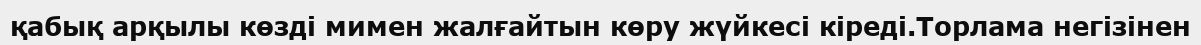
қабық арқылы көзді мимен жалғайтын көру жүйкесі кіреді.Торлама негізінен